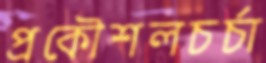
প্রকৌশলচর্চা